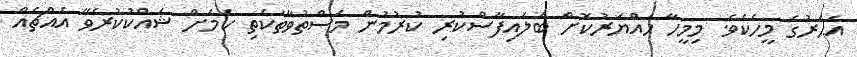
އަހަރުގެ މީހެކެވެ. މިމީހާ ހައްޔަރުކޮށް ބަލައިފާސްކުރި ކުރުމުން މަސްތުވާތަކެތި ކަމަށް ޝައްކުކުރެވޭ އެއްޗެއް